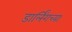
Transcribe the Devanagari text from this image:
डार्लिंगच्या